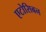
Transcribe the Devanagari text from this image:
एटोसिबन